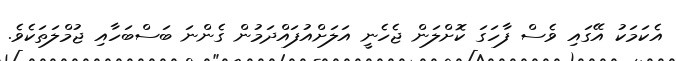
އެކަމަކު އޭގައި ވެސް ފާހަގަ ކޮށްލަން ޖެހެނީ އަލަށްއުފައްދަމުން ގެންނަ ބަސްބަހާއި ޖުމްލަތަކެވެ.